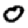
Digit: 0